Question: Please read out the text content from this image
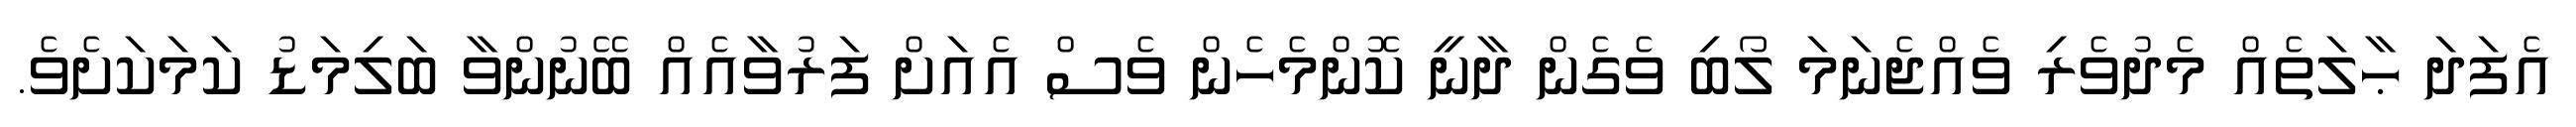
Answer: އެފަދަ ޙާލަތެއް މެދުވެރި ވެއްޖެނަމަ ލޯބި ވެގެން ދާނީ ކޮންމެހެން ވެސް އެއަށް ފަރުވާއެއް ބޭނުންވާ ބަލިމަޑު ކަމަކަށެވެ.